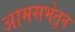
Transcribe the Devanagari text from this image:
आमसभेतून